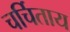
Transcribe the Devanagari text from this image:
चर्चिताय